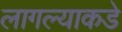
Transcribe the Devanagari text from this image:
लागल्याकडे